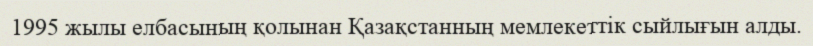
1995 жылы елбасының қолынан Қазақстанның мемлекеттік сыйлығын алды.